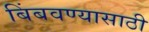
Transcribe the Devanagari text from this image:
बिंबवण्यासाठी